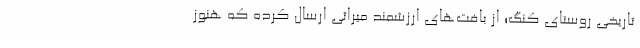
تاریخی روستای کنگ؛ از بافت‌های ارزشمند میراثی ارسال کرده که هنوز